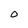
Character: O